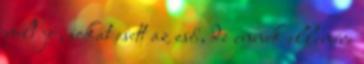
volt jó, sokat esett az eső, de ennek ellenére